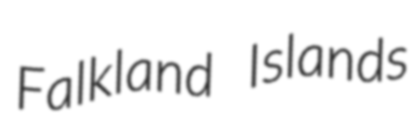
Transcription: Falkland Islands